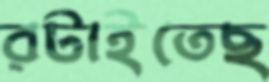
রটাইতেছ